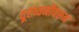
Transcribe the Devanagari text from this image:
दूरध्वनीवरून